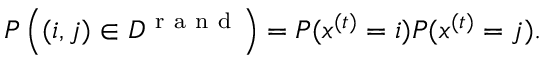
\begin{array} { r } { P \left( ( i , j ) \in { \cal D } ^ { \mathrm { ~ r ~ a ~ n ~ d ~ } } \right) = P ( x ^ { ( t ) } = i ) P ( x ^ { ( t ) } = j ) . } \end{array}